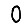
Digit: 0